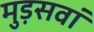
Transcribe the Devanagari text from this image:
मुड़सवां